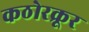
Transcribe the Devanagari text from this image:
कठोरक्रूर